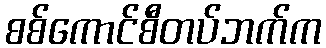
စစ်ကောင်စီတပ်ဘက်က